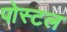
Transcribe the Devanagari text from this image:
पोस्‍टल